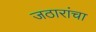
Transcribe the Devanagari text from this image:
जठारांचा